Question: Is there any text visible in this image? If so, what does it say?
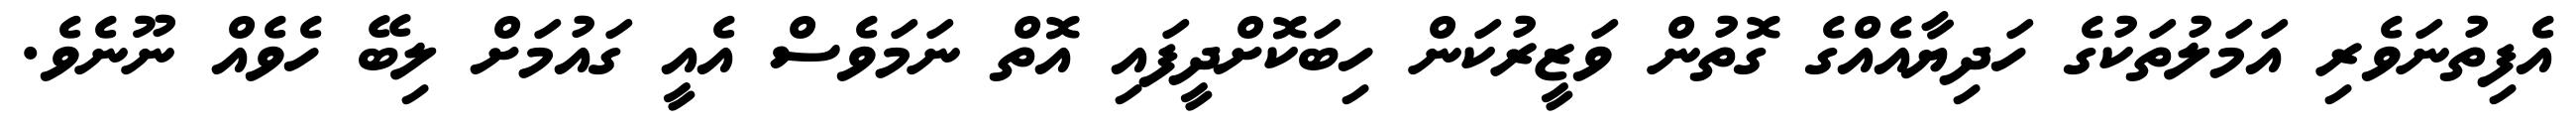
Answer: އެފިތުނަވެރި އަމަލުތަކުގެ ހަދިޔާއެއްގެ ގޮތުން ވަޒީރުކަން ހިބަކޮށްދީފައި އޮތް ނަމަވެސް އެއީ ގައުމަށް ލިބޭ ހެވެއް ނޫނެވެ.